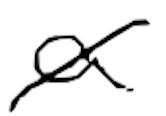
Text: a
Cross-out: diagonal
Writing tool: digital_black